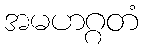
အမဟဂ္ဂတံ